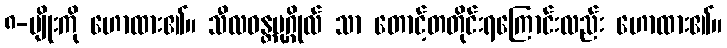
၈-မျိုးကို ဟောထား၏။ သီလဝန္တပုဂ္ဂိုလ် သာ တောင့်တတိုင်းရကြောင်းလည်း ဟောထား၏။